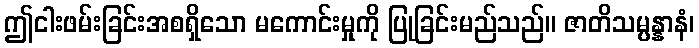
ဤငါးဖမ်းခြင်းအစရှိသော မကောင်းမှုကို ပြုခြင်းမည်သည်။ ဇာတိသမ္ပန္နာနံ၊